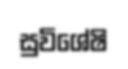
සුවිශේෂි